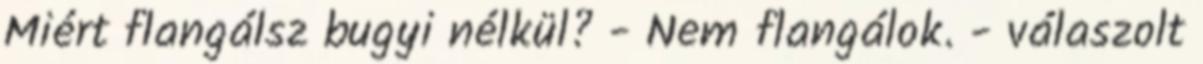
Miért flangálsz bugyi nélkül? - Nem flangálok. - válaszolt